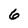
Character: 6